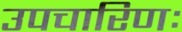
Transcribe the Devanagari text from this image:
उपचारिणः